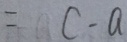
= c - a